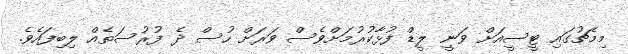
މިމެޗުގައި ޓީސީއަށް ވަނީ ލީޑް ފުޅާކުރުމަށްވެސް ވަރަށް ހުސް ދެ ފުރުސަތެއް ލިބިފައެވެ.